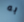
به